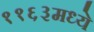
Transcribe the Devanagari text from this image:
११६३मध्ये